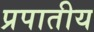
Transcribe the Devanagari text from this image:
प्रपातीय